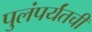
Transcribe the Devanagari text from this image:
पुलंपर्यंतची